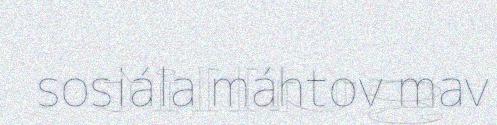
sosiála máhtov mav